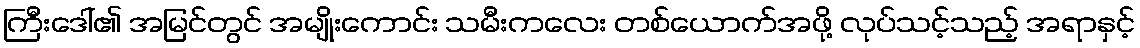
ကြီးဒေါ်၏ အမြင်တွင် အမျိုးကောင်း သမီးကလေး တစ်ယောက်အဖို့ လုပ်သင့်သည့် အရာနှင့်